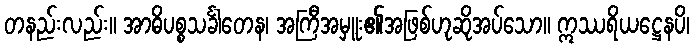
တနည်းလည်း။ အာဓိပစ္စသင်္ခါတေန၊ အကြီအမှူး၏အဖြစ်ဟုဆိုအပ်သော။ ဣဿရိယဋ္ဌေနပိ၊